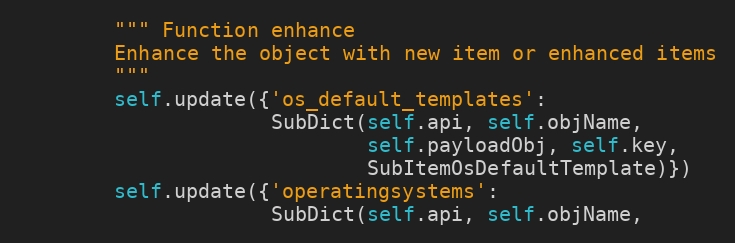
Language: Python
        """ Function enhance
        Enhance the object with new item or enhanced items
        """
        self.update({'os_default_templates':
                     SubDict(self.api, self.objName,
                             self.payloadObj, self.key,
                             SubItemOsDefaultTemplate)})
        self.update({'operatingsystems':
                     SubDict(self.api, self.objName,